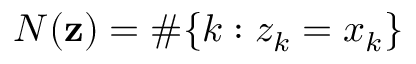
N ( \mathbf { z } ) = \# \{ k : z _ { k } = x _ { k } \}